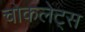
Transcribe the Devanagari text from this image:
चोकलेट्स